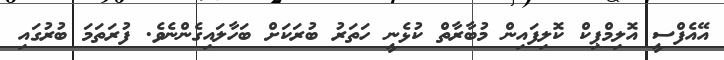
އޭއެފްސީ އޮލިމްޕިކް ކޮލިފައިން މުބާރާތް ކުޅެނީ ހަތަރު ބުރަކަށް ބަހާލައިގެންނެވެ. ފުރަތަމަ ބުރުގައި